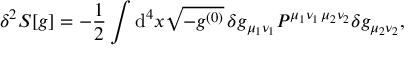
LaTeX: \delta ^ { 2 } S [ g ] = - \frac 1 2 \int \mathrm { d } ^ { 4 } x \sqrt { - g ^ { ( 0 ) } } \, \delta g _ { \mu _ { 1 } \nu _ { 1 } } P ^ { \mu _ { 1 } \nu _ { 1 } \, \mu _ { 2 } \nu _ { 2 } } \delta g _ { \mu _ { 2 } \nu _ { 2 } } ,